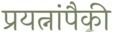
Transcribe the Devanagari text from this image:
प्रयत्नांपैकी